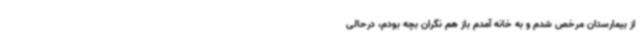
از بیمارستان مرخص شدم و به خانه آمدم باز هم نگران بچه بودم، درحالی